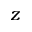
z